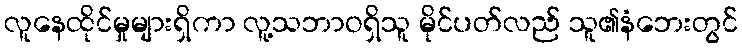
လူနေထိုင်မှုများရှိကာ လူ့သဘာဝရှိသူ မိုင်ပတ်လည် သူ၏နံဘေးတွင်